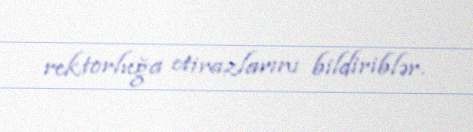
rektorluğa etirazlarını bildiriblər.